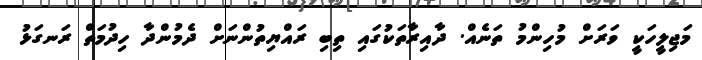
މަޖިލީހަކީ ވަރަށް މުހިންމު ތަނެއް. ދާއިރާތަކުގައި ތިބި ރައްޔިތުންނަށް ދެމުންދާ ހިދުމަތް ރަނގަޅު